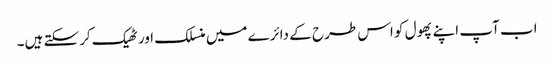
اب آپ اپنے پھول کو اس طرح کے دائرے میں منسلک اور ٹھیک کرسکتے ہیں۔